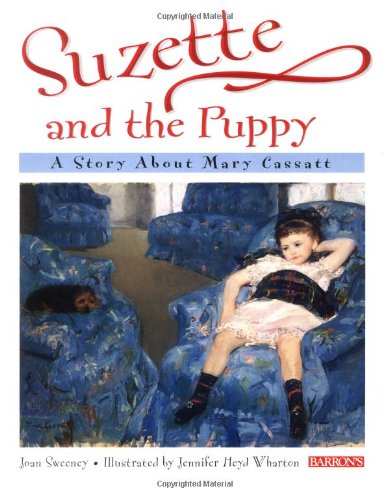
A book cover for Suzette and the Puppy: A Story About Mary Cassatt (Young Readers); Joan Sweeney; Children's Books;